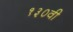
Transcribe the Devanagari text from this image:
१३०वी